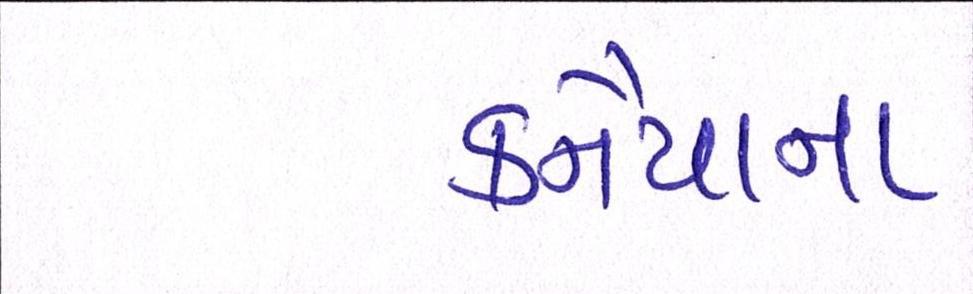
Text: કનૈયાના